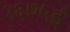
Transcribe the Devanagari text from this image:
१६७५ई